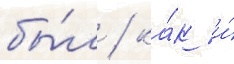
бы́л / ка́к и́